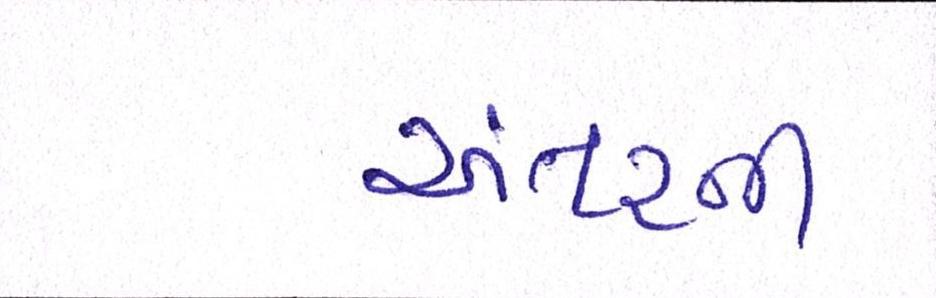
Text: અંતરની